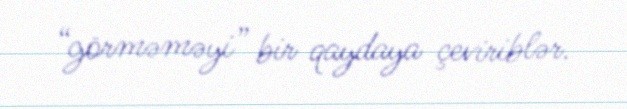
“görməməyi” bir qaydaya çeviriblər.